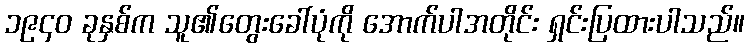
၁၉၄၀ ခုနှစ်က သူ၏တွေးခေါ်ပုံကို အောက်ပါအတိုင်း ရှင်းပြထားပါသည်။